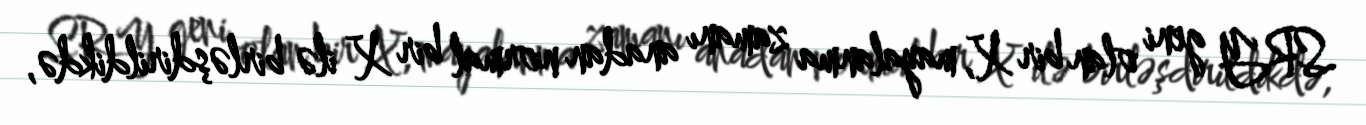
SRY geni olan bir X, mayalanma zamanı anadan normal bir X ilə birləşdirildikdə,